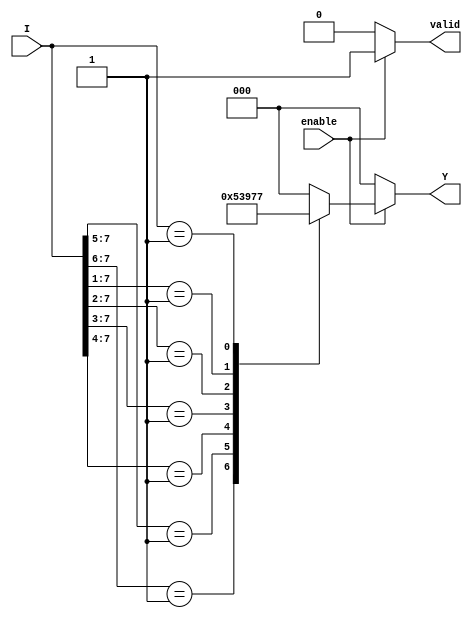
module encoder_8to3 (
    input wire [7:0] I,      // 8 input lines
    input wire enable,       // Enable signal
    output reg [2:0] Y,      // 3-bit output
    output reg valid         // Output valid signal
);

always @(*) begin
    if (!enable) begin
        Y = 3'b000;          // If not enabled, output is 000
        valid = 1'b0;       // Indicate output is not valid
    end else begin
        casez (I)            // Use casez to handle don't care conditions
            8'b1???????: Y = 3'b000; // I[0] is high
            8'b01??????: Y = 3'b001; // I[1] is high
            8'b001?????: Y = 3'b010; // I[2] is high
            8'b0001????: Y = 3'b011; // I[3] is high
            8'b00001???: Y = 3'b100; // I[4] is high
            8'b000001??: Y = 3'b101; // I[5] is high
            8'b0000001?: Y = 3'b110; // I[6] is high
            8'b00000001: Y = 3'b111; // I[7] is high
            default: begin
                Y = 3'b000;      // Default case when no inputs are active
                valid = 1'b0;    // Indicate output is not valid
            end
        endcase
        valid = 1'b1;           // Indicate output is valid
    end
end

endmodule